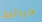
خرائط